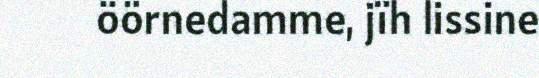
öörnedamme, jïh lissine